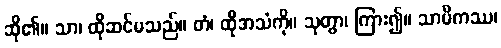
ဆို၏။ သာ၊ ထိုဆင်မသည်။ တံ၊ ထိုအသံကို။ သုတွာ၊ ကြား၍။ သာမိကဿ၊